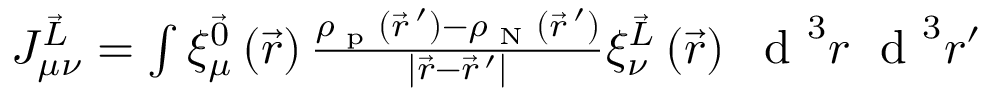
\begin{array} { r } { J _ { \mu \nu } ^ { \vec { L } } = \int \xi _ { \mu } ^ { \vec { 0 } } \left( \vec { r } \right) \frac { \rho _ { \textrm { p } } ( \vec { r } \, ^ { \prime } ) - \rho _ { \textrm { N } } ( \vec { r } \, ^ { \prime } ) } { \left| \vec { r } - \vec { r } \, ^ { \prime } \right| } \xi _ { \nu } ^ { \vec { L } } \left( \vec { r } \right) ~ \textrm { d } ^ { 3 } r \; \textrm { d } ^ { 3 } r ^ { \prime } } \end{array}